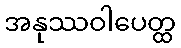
အနုဿဝါပေတ္ထ